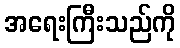
အရေးကြီးသည်ကို